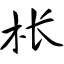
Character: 枨